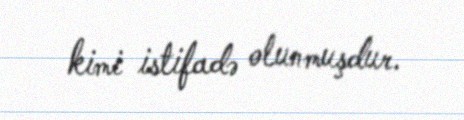
kimi istifadə olunmuşdur.